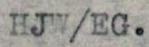
HJW/EG.